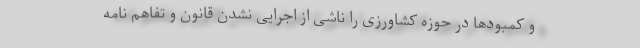
و کمبودها در حوزه کشاورزی را ناشی از اجرایی نشدن قانون و تفاهم نامه